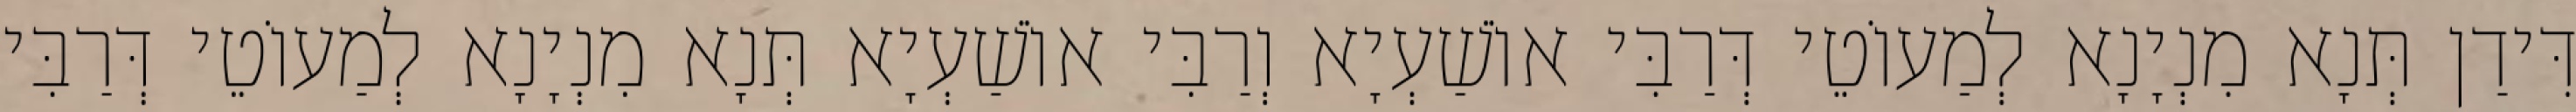
דִּידַן תְּנָא מִנְיָנָא לְמַעוֹטֵי דְּרַבִּי אוֹשַׁעְיָא וְרַבִּי אוֹשַׁעְיָא תְּנָא מִנְיָנָא לְמַעוֹטֵי דְּרַבִּי